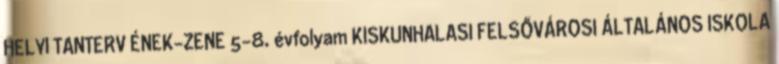
HELYI TANTERV ÉNEK-ZENE 5-8. évfolyam KISKUNHALASI FELSŐVÁROSI ÁLTALÁNOS ISKOLA